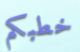
خطبكم